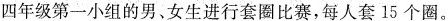
四年级第一小组的男、女生进行套圈比赛，每人套15个圈。